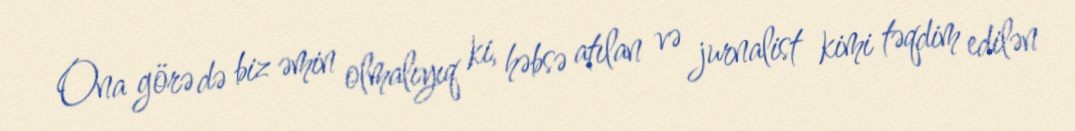
Ona görə də biz əmin olmalıyıq ki, həbsə atılan və jurnalist kimi təqdim edilən